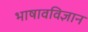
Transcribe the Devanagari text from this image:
भाषावविज्ञान